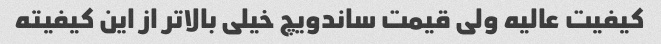
کیفیت عالیه ولی قیمت ساندویچ خیلی بالاتر از این کیفیته